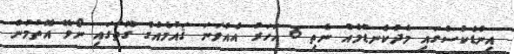
އިންޑެކްސްގައި މެދުކެނޑުމެއް ނެތި 6 އަހަރު އެއްވަނަ ޤައުމެއްގެ ގޮތުގައި ނޯވޭ އޮތުމުން